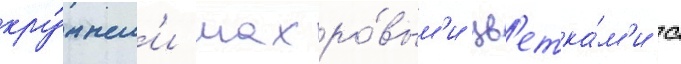
кру́пным'и махро́вым'и цв'етка́м'и с